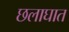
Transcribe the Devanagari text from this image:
छलाघात